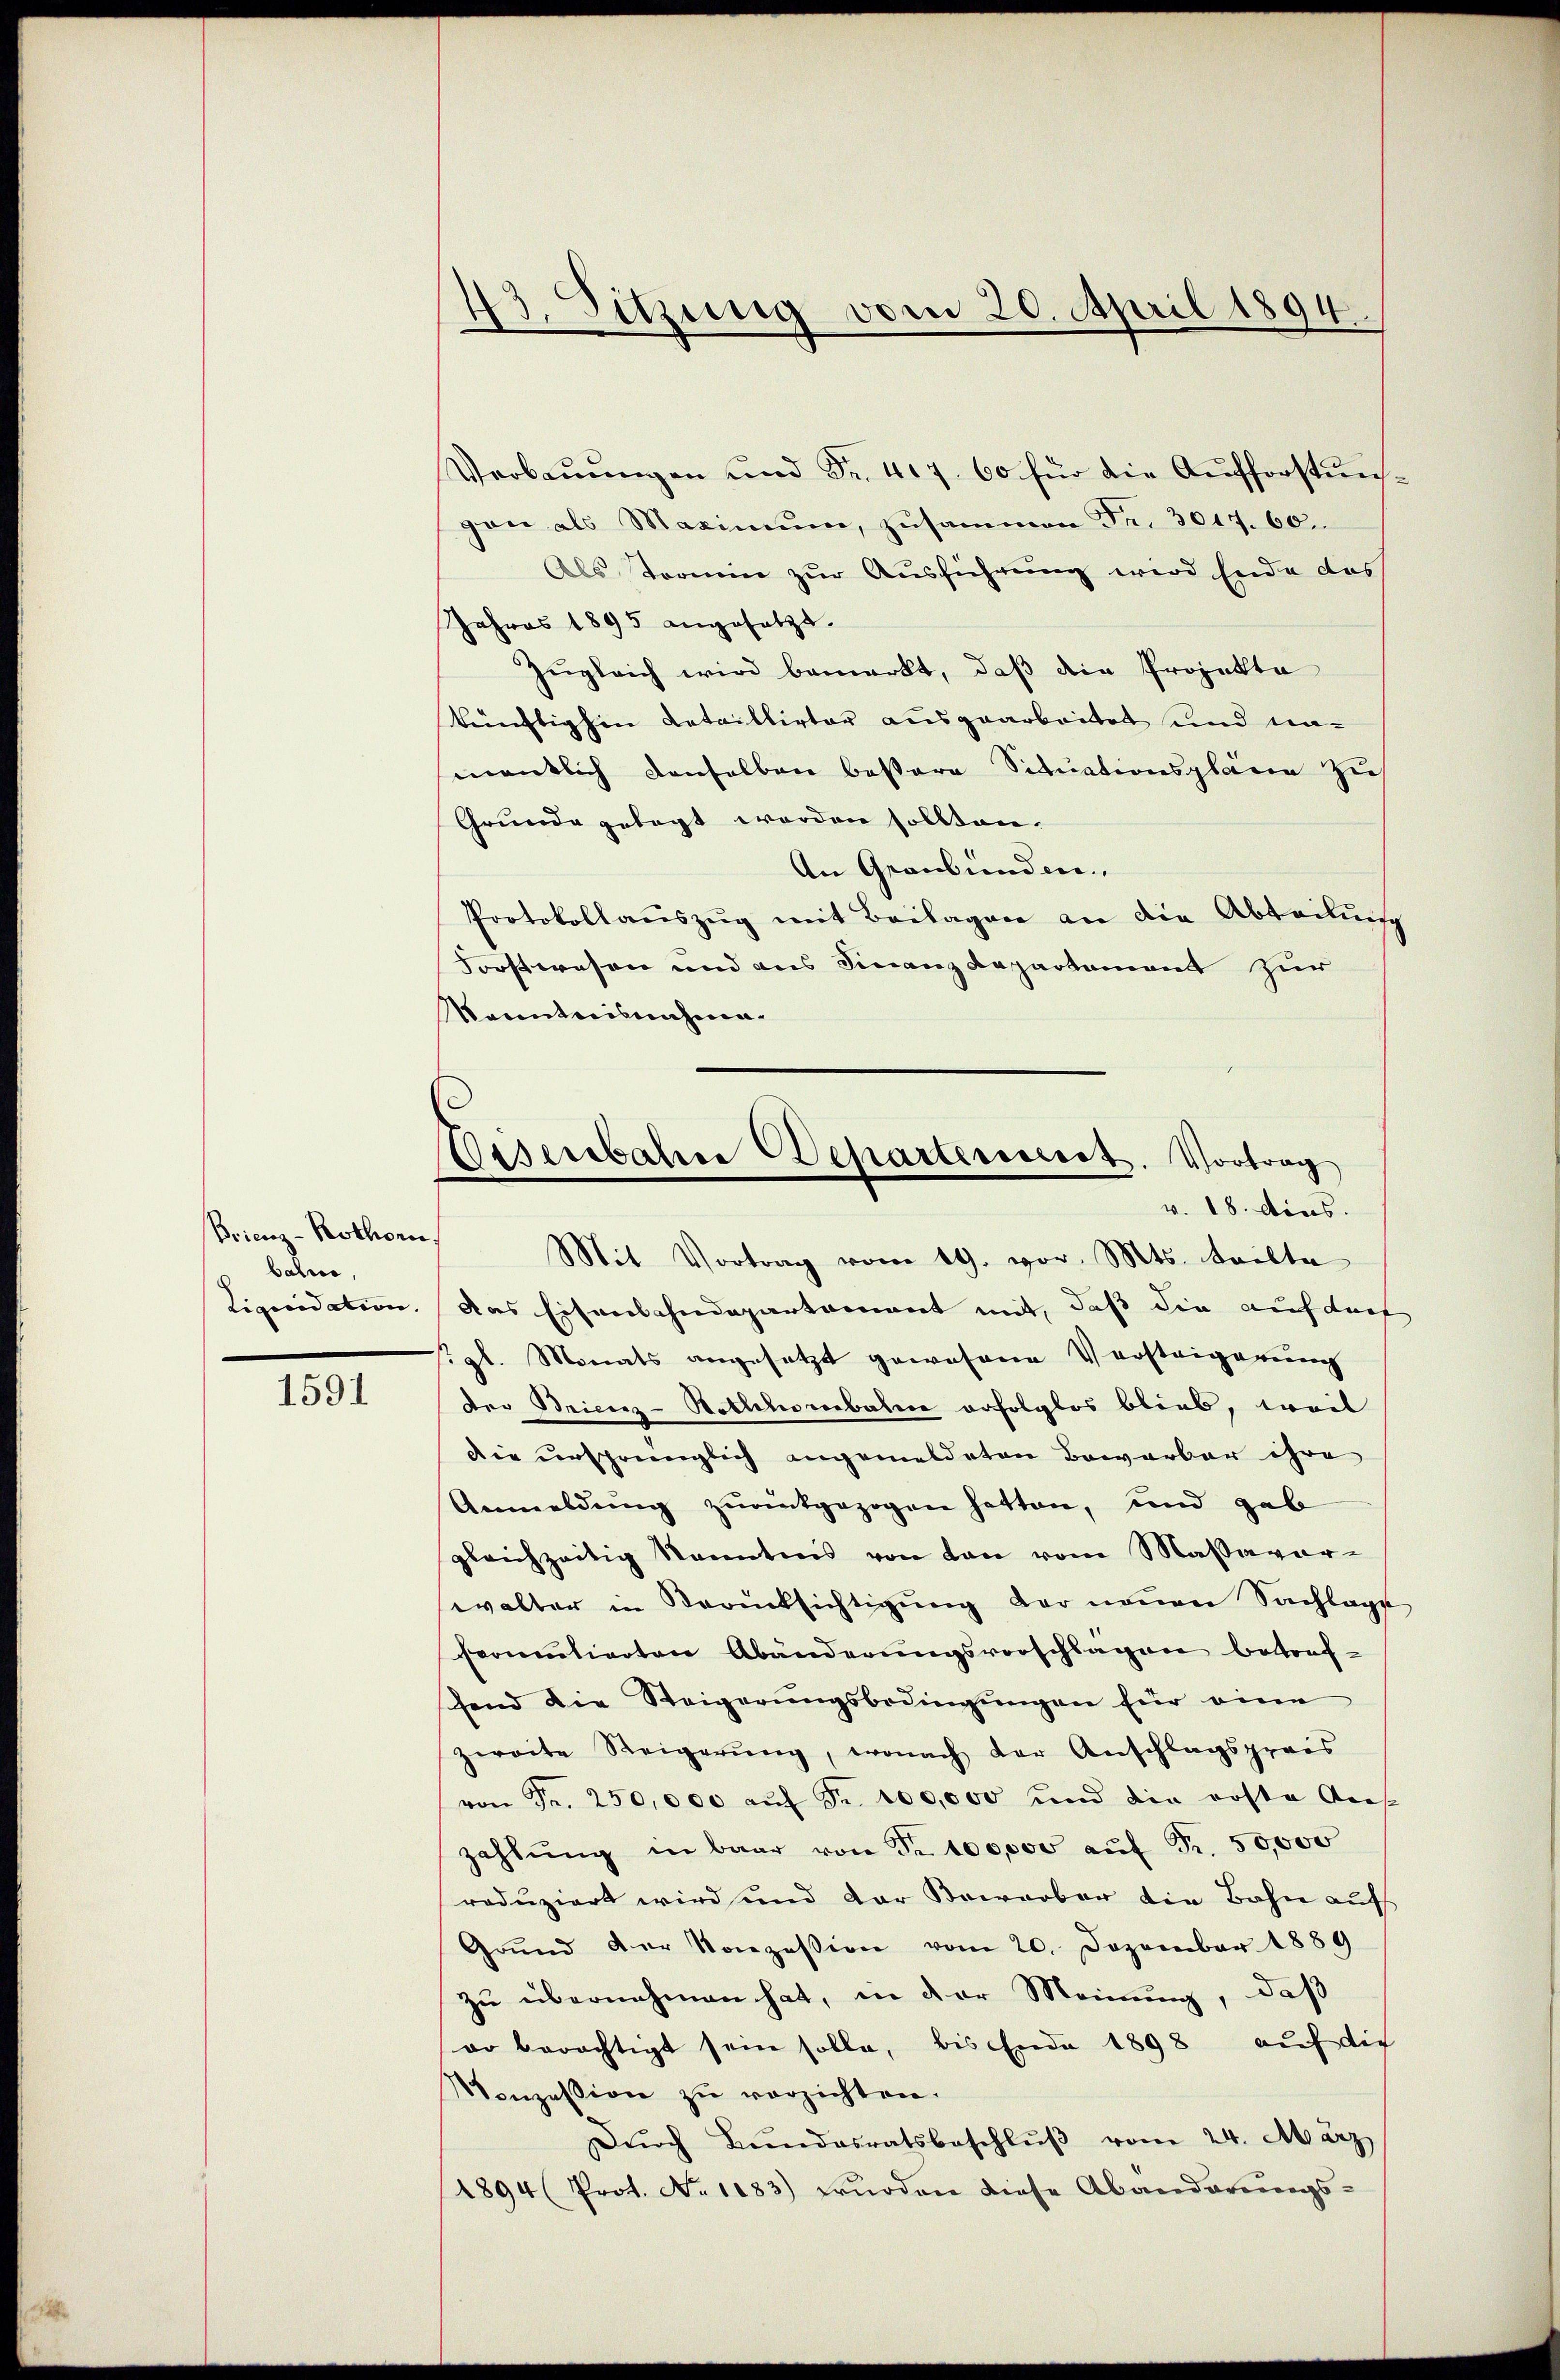
Brienz-Rothorn
bahres,
Liquidation.

1591

Verbaŭŭngen und Fr. 417. 60 für die Aufforstŭns-
gan als Maximum, zusammen Fr. 3044. 60.
Als Termin zur Ausführung wird Ende das
Jahres 1895 angesetzt.
Zŭgleich wird bemerkt, daß die Projekte
künftighin Lataillirter ausgearbeitet und namentlich denselben bestere Situationspläne zus
Grunde gelegt werden sollten.
An Graubünden.
Protokollauszug mit Beilagen an die Abteilung
Forstwesen und aus Finanzdepartement zur
Sanntnisnahme.

43. Sitzung vom 20. April 1894

Disenbahre Departesecret. Vortrag
v. 18. dens.
Mit Vortrag vom 19. vor. Mts. teilte

das Eisenbahndepartement mit, daß die auf durf
. gl. Monats angesetzt gewesene Versteigerung
der Brierez-Hotlchorbahne erfolglos blieb, weil
Die ursprünglich angemeldeten Bewarber ihre
Anmeldung zurükgezogen hatten, und gab
gleichzeitig kanntnis von den vom Massaver-
walter in Berücksichtigung der neuen Sachlage
formulierten Abänderungsvorschlagen betreffend die Steigerungsbedingungen für eine
zweite Steigerŭng, wonach der Anschlagspreis
von Fr. 250,000 aŭf Fr. 100,000 und die erste Aus-
zahlŭng in baar von Fr. 100,000 aŭf Fr. 50,000
reduziert wird und der Bewerber die Bahn aufs
Grŭnd der Konzession vom 20. Dezember 1889
zu übernehmen hat, in der Meinung, daß
wo berechtigt sein solle, bis Ende 1898 auf die
onzession zŭ verzichten.
Dŭrch Bŭndesratsbeschlŭβ vom 24. März
1894 (Prot. No 1083) wŭrden diese Abanderungs-